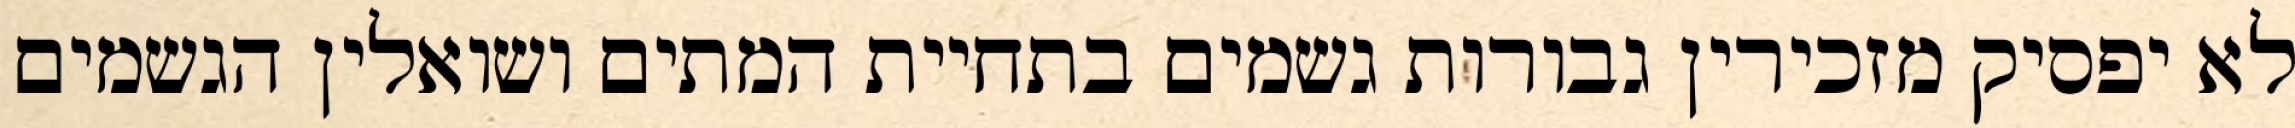
לא יפסיק מזכירין גבורות גשמים בתחיית המתים ושואלין הגשמים